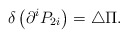
\begin{align*}\delta \left( \partial ^iP_{2i}\right) =\triangle \Pi .\end{align*}